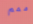
ممم